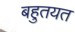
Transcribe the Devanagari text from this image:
बहुतयत